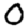
Digit: 0